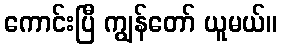
ကောင်းပြီ ကျွန်တော် ယူမယ်။